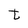
Character: t